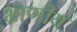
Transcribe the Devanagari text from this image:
भ्राणीय